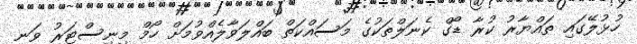
ހުޅުލޭގައި ތައްޔާރު ކުރާ ޑޯގް ކެނަލްތަކުގެ މަސައްކަތް ބައްލަވާލެއްވުމަށް ހޯމް މިނިސްޓަރު ވަނީ